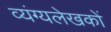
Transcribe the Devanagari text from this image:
व्यंग्यलेखकों